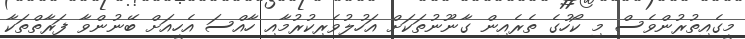
މީގެއިތުރުންވެސް މި ކޯހުގެ ތެރެއިން ގާނޫނުތަކަށް އަހުލުވެރިކުރުމާއި ހާއްސަ އެހީއަށް ބޭނުންވާ ފަރާތްތަކާ